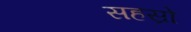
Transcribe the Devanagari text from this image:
सहस्रो